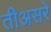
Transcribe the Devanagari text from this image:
तीअसरे